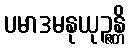
ပမာဒမနုယုဉ္ဇန္တိ